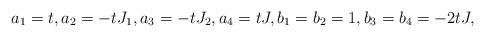
LaTeX: \begin{align*} a_1 = t, a_2 = - tJ_1, a_3 = - tJ_2, a_4 = tJ, b_1 = b_2 = 1, b_3 = b_4 = - 2tJ,\end{align*}